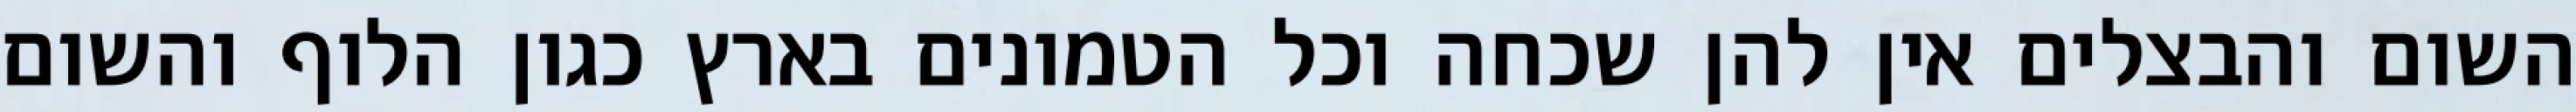
השום והבצלים אין להן שכחה וכל הטמונים בארץ כגון הלוף והשום